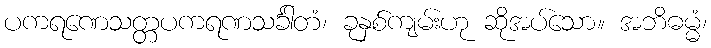
ပကရဏေသတ္တပကရဏသင်္ခါတံ၊ ခုနှစ်ကျမ်းဟု ဆိုအပ်သော။ အဘိဓမ္မံ၊